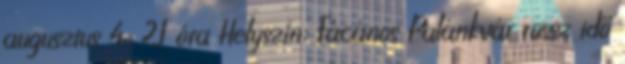
augusztus 4., 21 óra Helyszín: Fácános Palánkvár rossz idő